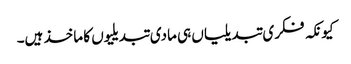
کیونکہ فکری تبدیلیاں ہی مادی تبدیلیوں کا ماخذ ہیں۔